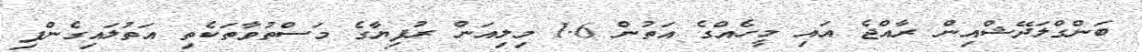
ބަންގްލަދޭޝްއިން ރާއްޖެ އައި މީހެއްގެ އަތުން 1.6 މިލިއަން ރުފިޔާގެ މަސްތުވާތަކެތި އަތުލައިގެންފި